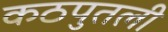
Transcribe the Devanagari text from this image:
कठपुतली